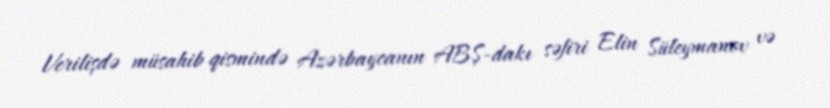
Verilişdə müsahib qismində Azərbaycanın ABŞ-dakı səfiri Elin Süleymanov və